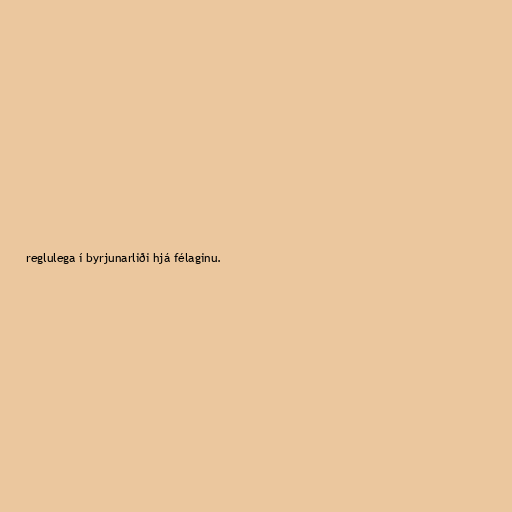
reglulega í byrjunarliði hjá félaginu.